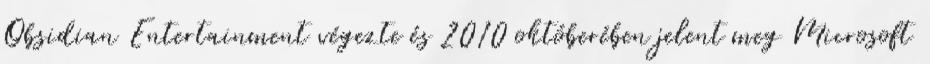
Obsidian Entertainment végezte és 2010 októberében jelent meg Microsoft